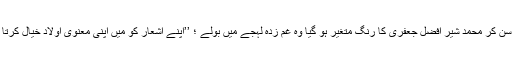
‘‘یہ سن کر محمد شیر افضل جعفری کا رنگ متغیر ہو گیا وہ غم زدہ لہجے میں بولے ؛ ’’اپنے اشعار کو میں اپنی معنوی اولاد خیال کرتا ہوں۔